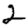
Digit: 2